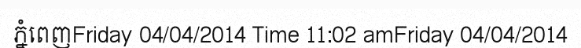
ភ្នំពេញFriday 04/04/2014 Time 11:02 amFriday 04/04/2014